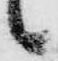
々